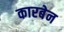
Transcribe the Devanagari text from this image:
कारबेन